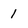
Character: 1